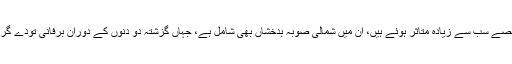
ہندو کش کی اس ریاست میں انتہائی شدید سردی اور مسلسل برفباری سے ملک کے جو حصے سب سے زیادہ متا‌ثر ہوئے ہیں، ان میں شمالی صوبہ بدخشاں بھی شامل ہے، جہاں گزشتہ دو دنوں کے دوران برفانی تودے گرنے کے متعدد واقعات میں مجموعی طور پر 19 افراد ہلاک اور 17 زخمی ہو چکے ہیں۔